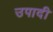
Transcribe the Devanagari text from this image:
उपादी